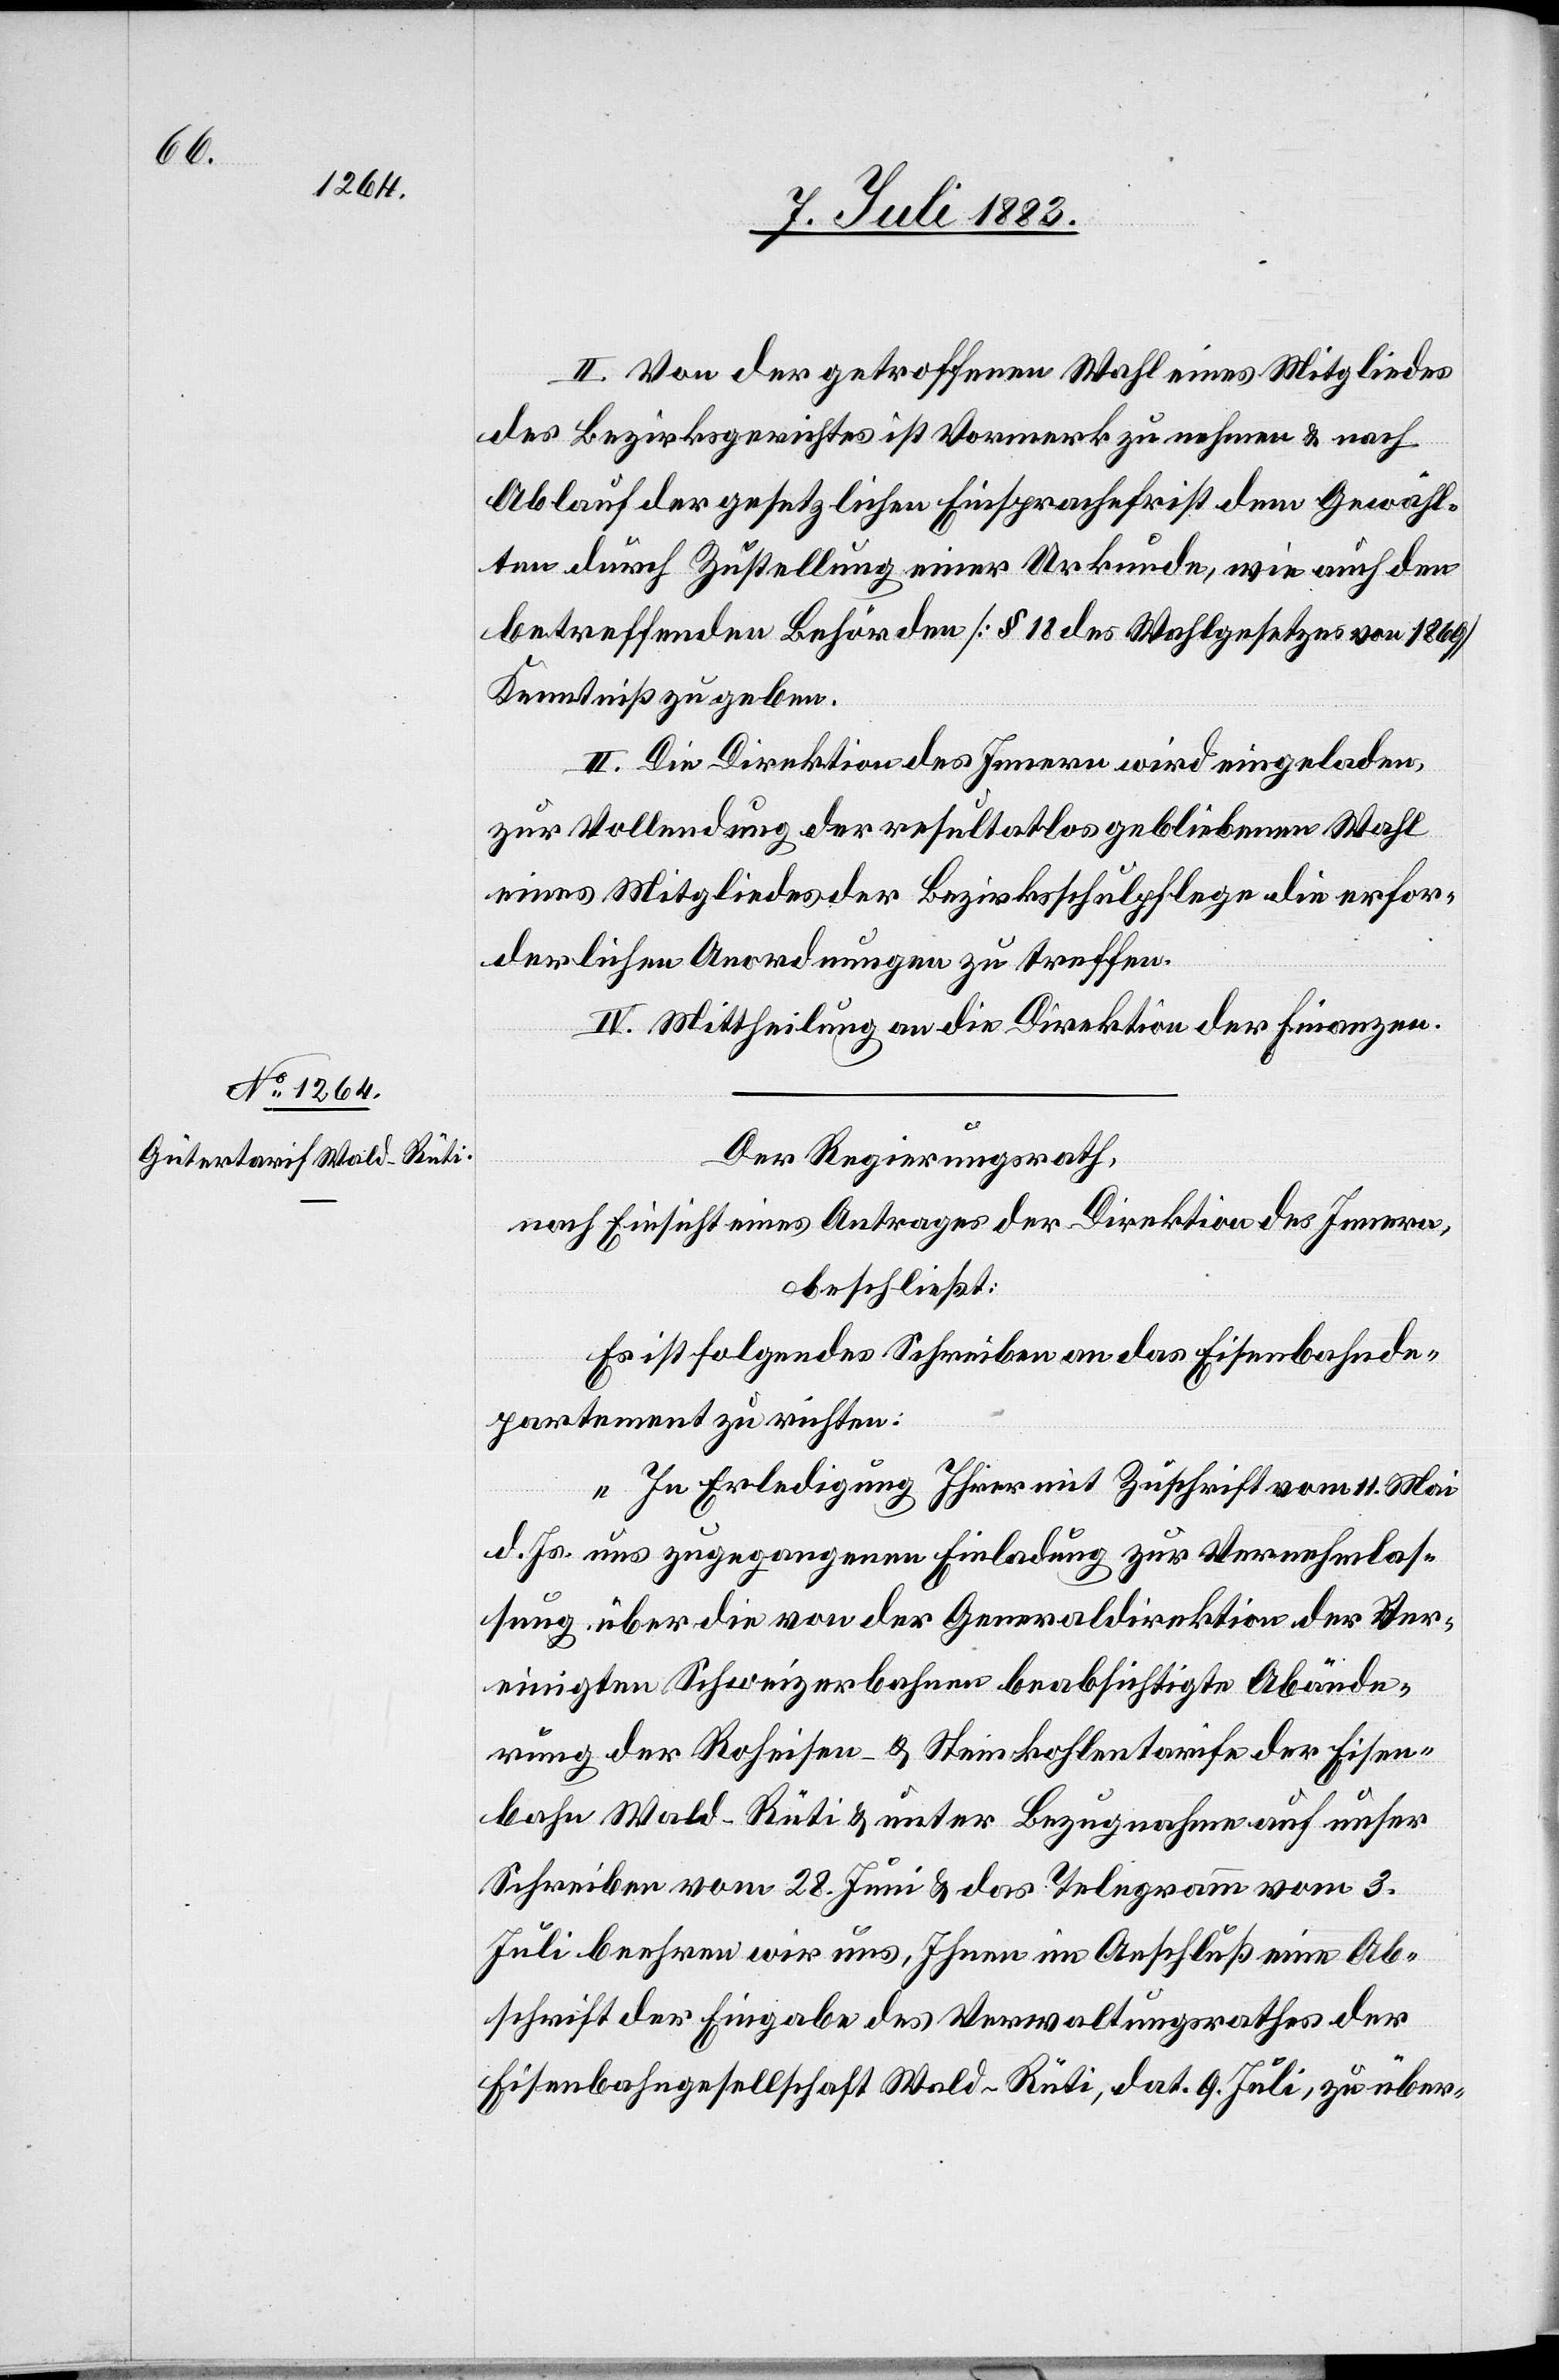
11. Juli 1883.]
II. Von der getroffenen Wahl eines Mitgliedes
des Bezirksgerichtes ist Vormerk zu machen & nach
Ablauf der gesetzlichen Einsprachefrist dem Gewähl¬
ten durch Zustellung einer Urkunde, wie auch den
betreffenden Behörden [§ 18 des Wahlgesetzes von 1869]
Kenntniß zu geben.
III. die Direktion des Innern wird eingeladen,
zur Vollendung der resultatlos gebliebenen Wahl
eines Mitgliedes der Bezirksschulpflege die erfor¬
derlichen Anordnungen zu treffen.
IV. Mittheilung an die Direktion der Finanzen.
Der Regierungsrath,
nach Einsicht eines Antrages der Direktion des Innern,
beschließt:
Es ist folgendes Schreiben an das Eisenbahnde¬
partement zu richten:
„In Erledigung Ihrer mit Zuschrift vom 11. Mai
d. Js. uns zugegangenen Einladung zur Vernehmlas¬
sung über die von der Generaldirektion der Ver¬
einigten Schweizerbahnen beabsichtigte Abände¬
rung der Roheisen- & Steinkohlentarife der Eisen¬
bahn Wald–Rüti & unter Bezugnahme auf unser
Schreiben vom 28. Juni & das Telegramm vom 3.
Juli beehren wir uns, Ihnen im Anschluß eine Ab¬
schrift der Eingabe des Verwaltungsrathes der
Eisenbahngesellschaft Wald–Rüti, dat. 9. Juli, zu über-